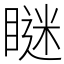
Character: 瞇